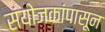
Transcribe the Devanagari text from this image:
संयोजकांपासून